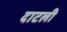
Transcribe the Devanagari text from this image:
दाटली